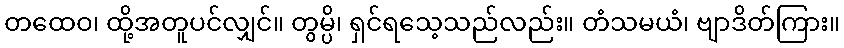
တထေဝ၊ ထို့အတူပင်လျှင်။ တွမ္ပိ၊ ရှင်ရသေ့သည်လည်း။ တံသမယံ၊ ဗျာဒိတ်ကြား။